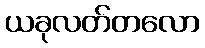
ယခုလတ်တလော